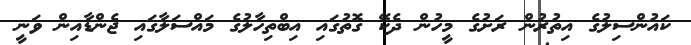
ކައުންސިލުގެ އިތުރުން ރަށުގެ މީހުން ދެކޭ ގޮތުގައި އިބްތިހާލުގެ މައްސަލާގައި ޖެންޑާއިން ވަނީ